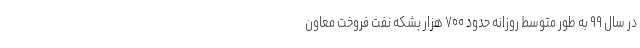
در سال ۹۹ به طور متوسط روزانه حدود ۷۰۰ هزار بشکه نفت فروخت معاون